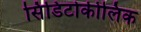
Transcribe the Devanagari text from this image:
सिंडिटोकीलिक